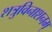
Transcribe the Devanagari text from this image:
शत्रुविनाशनम्